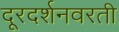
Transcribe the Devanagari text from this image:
दूरदर्शनवरती